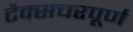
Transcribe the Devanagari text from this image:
टैक्सचरपूर्ण